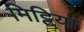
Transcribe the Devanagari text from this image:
मिट्टिया